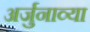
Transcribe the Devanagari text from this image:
अर्जुनाव्या